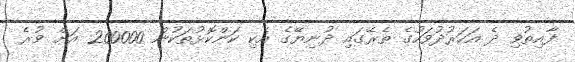
ފާއިތުވި ދެ އަހަރުދުވަހުގެ ތެރޭގައި ދުނިޔޭގެ އެކި ކަންކޮޅުތަކުން 200000 އަށް ވުރެ